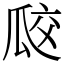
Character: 㼎